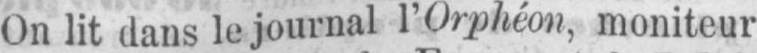
On lit dans le journal l’Orphéon, moniteur